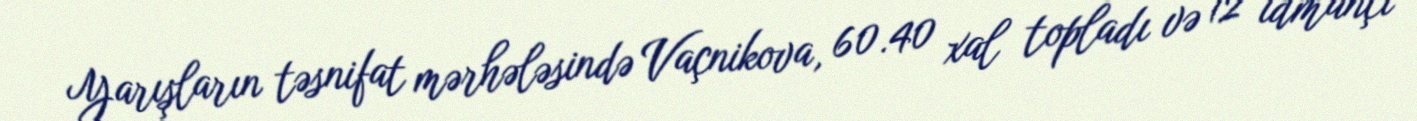
Yarışların təsnifat mərhələsində Vaçnikova, 60.40 xal topladı və 12 idmançı